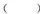
( )